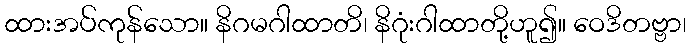
ထားအပ်ကုန်သော။ နိဂမဂါထာတိ၊ နိဂုံးဂါထာတို့ဟူ၍။ ဝေဒိတဗ္ဗာ၊